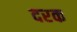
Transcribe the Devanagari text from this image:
दरक